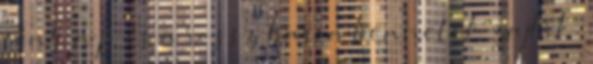
fény, a jó és a rossz harca bennetek zajlik.